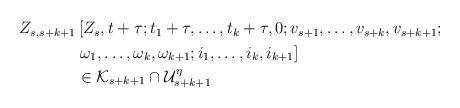
LaTeX: \begin{align*}\begin{aligned}Z_{s,s+k+1} & \left[ Z_s,t+\tau; t_1+\tau,\dots,t_k+\tau,0;v_{s+1},\dots,v_{s+k},v_{s+k+1}; \right. \\& \left.\omega_1,\dots,\omega_k,\omega_{k+1}; i_1,\dots,i_k,i_{k+1}\right] \\& \in \mathcal{K}_{s+k+1}\cap \mathcal{U}_{s+k+1}^\eta\end{aligned}\end{align*}